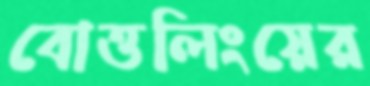
বোত্তলিংয়ের